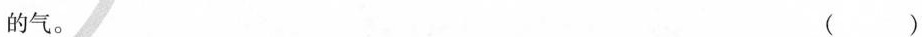
的气。 ()